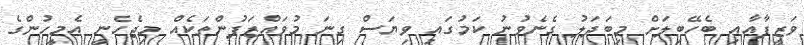
ވަޒީފާއާއި ބެހޭބިލަށް މިބަދަލު ގެނެވުނު ކަމުގައި ވިޔަސް ގިނަ މުވައްޒަފުންތަކެއް މިޖެހެނީ އެމީހުންގެ